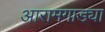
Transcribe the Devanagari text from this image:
आरामगाड्या